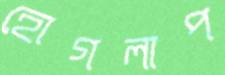
হোগলাপ